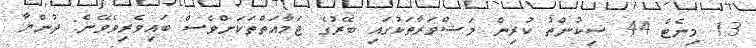
13 މިނެޓް 44 ސިކުންތު ކުރިން މަޝްވަރާތަކުގައި ބޭރުގެ ޖަމާއަތްތަކަށްވެސް ބައިވެރިވެވޭނެ: ދުންޔާ